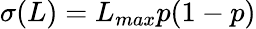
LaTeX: \sigma(L)=L_{max}p(1-p)